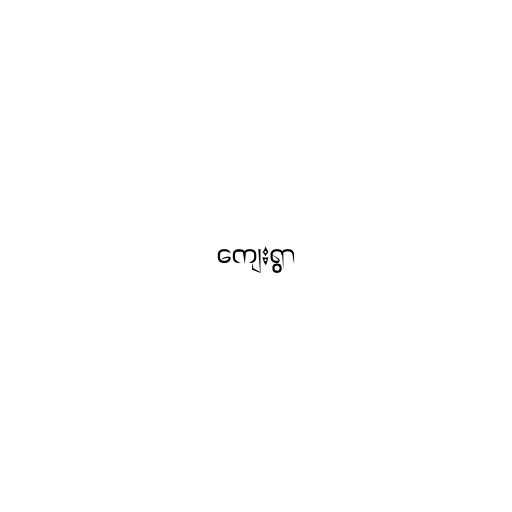
ကျေးရွာ